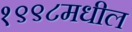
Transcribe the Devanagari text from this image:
१९९८मधील